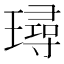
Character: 璕